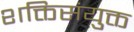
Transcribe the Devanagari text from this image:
शक्तिसंयुक्त